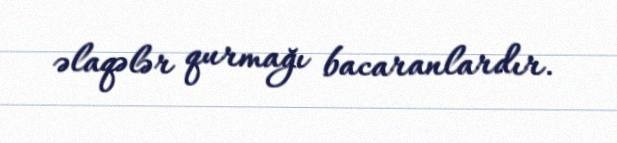
əlaqələr qurmağı bacaranlardır.